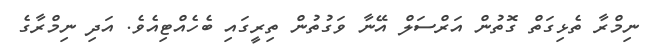
ނިމްރާ ތެޅިގަތް ގޮތުން އަރްސަލް އޭނާ ވަގުތުން ތިރީގައި ބެހެއްޓިއެވެ. އަދި ނިމްރާގެ